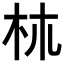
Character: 𣏕